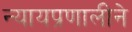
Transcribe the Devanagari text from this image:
न्यायप्रणालीने